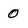
Character: 0